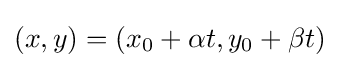
(x,y)=(x_{0}+\alpha t,y_{0}+\beta t)